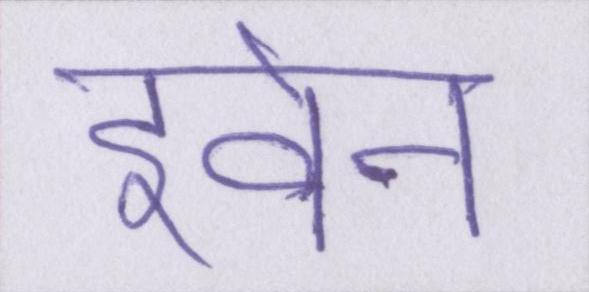
इवेन